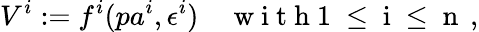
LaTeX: V^{i}:=f^{i}(pa^{i},\epsilon^{i})\quad\mathrm{~w~i~t~h~1~\leq~i~\leq~n~}\, ,